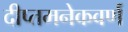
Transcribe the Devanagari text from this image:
दीप्तमनेकवर्णं